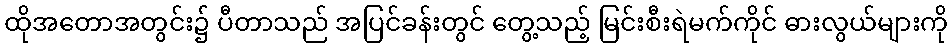
ထိုအတောအတွင်း၌ ပီတာသည် အပြင်ခန်းတွင် တွေ့သည့် မြင်းစီးရဲမက်ကိုင် ဓားလွယ်များကို